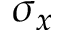
\sigma _ { x }